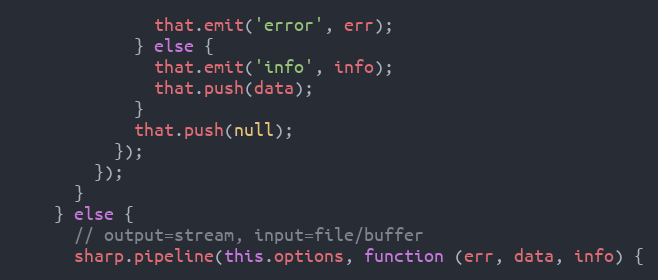
Language: JavaScript
              that.emit('error', err);
            } else {
              that.emit('info', info);
              that.push(data);
            }
            that.push(null);
          });
        });
      }
    } else {
      // output=stream, input=file/buffer
      sharp.pipeline(this.options, function (err, data, info) {